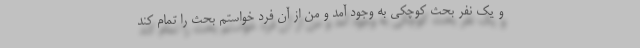
و یک نفر بحث کوچکی به وجود آمد و من از آن فرد خواستم بحث را تمام کند